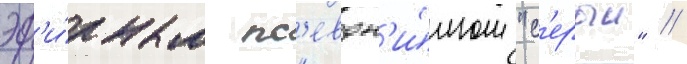
эф'и́рным пс'евдон'и́мом "с'ерыи" //